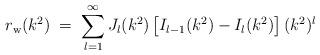
LaTeX: \begin{align*}r_{\rm w}(k^2)\;=\;\sum_{l=1}^\infty J_l(k^2)\left[I_{l-1}(k^2)-I_l(k^2)\right] (k^2)^l\end{align*}